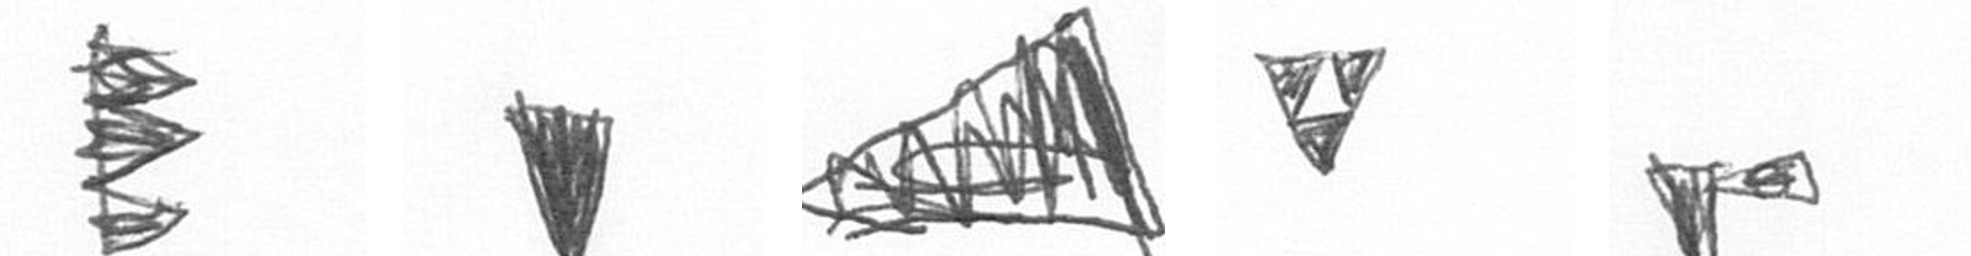
H J O S F